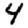
Digit: 4